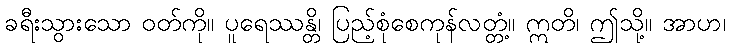
ခရီးသွားသော ဝတ်ကို။ ပူရေဿန္တိ၊ ပြည့်စုံစေကုန်လတ္တံ့။ ဣတိ၊ ဤသို့။ အာဟ၊